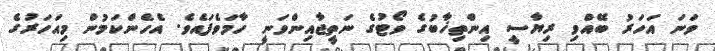
ވަނަ އަހަރު ބޭއްވި ރިޔާސީ އިންތިޚާބުގެ ވޯޓުގެ ނަތީޖާއިންވަނީ ހާމަވެފައެވެ. އެހެންކަމުން މިއަހަރުގެ